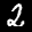
Label: 2